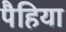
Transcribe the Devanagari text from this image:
पैहिया